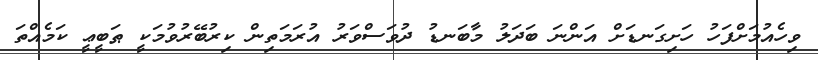
ވިހެއުމަށްފަހު ހަށިގަނޑަށް އަންނަ ބަދަލު މާބަނޑު ދުވަސްވަރު އުރަމަތިން ކިރުބޭރުވުމަކީ ޠަބީޢީ ކަމެއްތަ